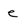
Character: e